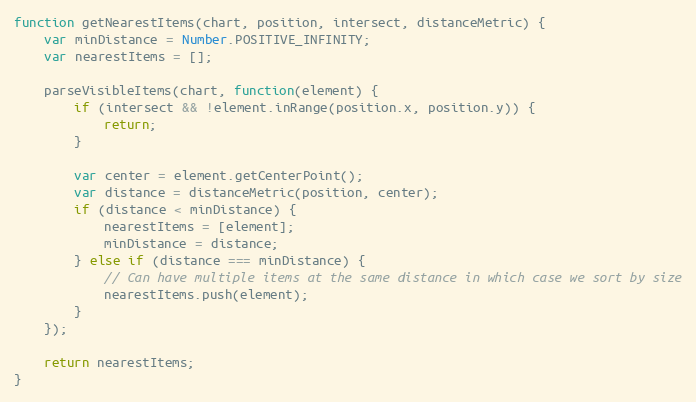
Language: JavaScript
function getNearestItems(chart, position, intersect, distanceMetric) {
	var minDistance = Number.POSITIVE_INFINITY;
	var nearestItems = [];

	parseVisibleItems(chart, function(element) {
		if (intersect && !element.inRange(position.x, position.y)) {
			return;
		}

		var center = element.getCenterPoint();
		var distance = distanceMetric(position, center);
		if (distance < minDistance) {
			nearestItems = [element];
			minDistance = distance;
		} else if (distance === minDistance) {
			// Can have multiple items at the same distance in which case we sort by size
			nearestItems.push(element);
		}
	});

	return nearestItems;
}